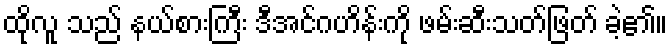
ထိုလူ သည် နယ်စားကြီး ဒီအင်ဂဟိန်းကို ဖမ်းဆီးသတ်ဖြတ် ခဲ့၏။